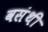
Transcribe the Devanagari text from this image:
वसंथी